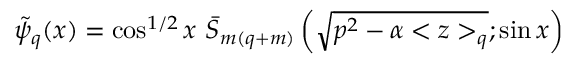
\tilde { \psi } _ { q } ( x ) = \cos ^ { 1 / 2 } x \ \bar { S } _ { m ( q + m ) } \left( \sqrt { p ^ { 2 } - \alpha < z > _ { q } } ; \sin x \right)